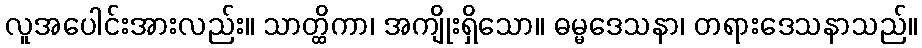
လူအပေါင်းအားလည်း။ သာတ္ထိကာ၊ အကျိုးရှိသော။ ဓမ္မဒေသနာ၊ တရားဒေသနာသည်။